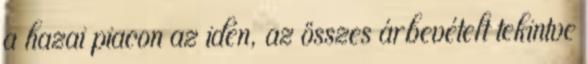
a hazai piacon az idén, az összes árbevételt tekintve